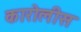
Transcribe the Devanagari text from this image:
कारोलीस